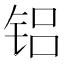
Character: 铝